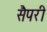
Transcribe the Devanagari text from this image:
सैपरी